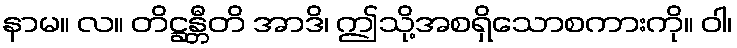
နာမ။ လ။ တိဋ္ဌန္တီတိ အာဒိ၊ ဤသို့အစရှိသောစကားကို။ ဝါ၊